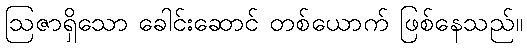
ဩဇာရှိသော ခေါင်းဆောင် တစ်ယောက် ဖြစ်နေသည်။